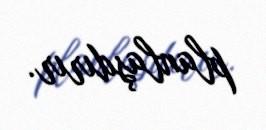
planlaşdırır.